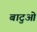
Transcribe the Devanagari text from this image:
बाटुओ